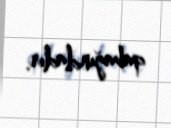
qabağındadır.